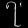
Digit: ၇